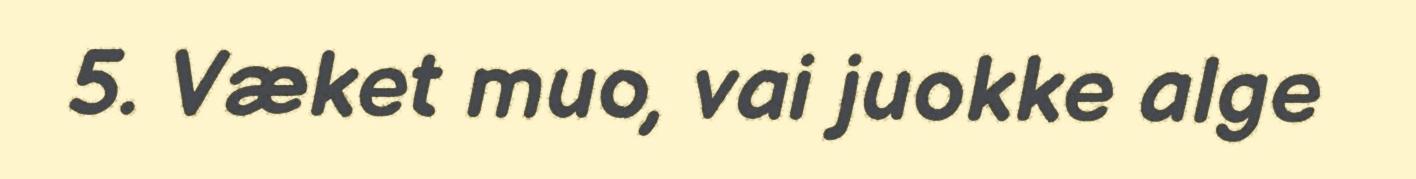
5. Væket muo, vai juokke alge